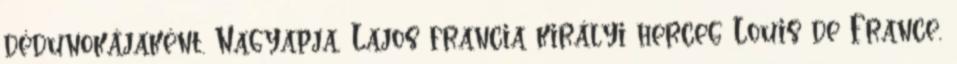
dédunokájaként. Nagyapja, Lajos francia királyi herceg Louis de France,